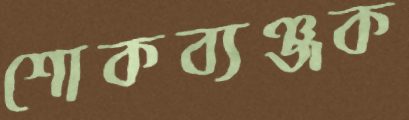
শোকব্যঞ্জক